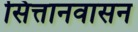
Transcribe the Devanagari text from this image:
सित्तानवासन